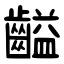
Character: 齸